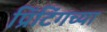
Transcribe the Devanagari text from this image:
प्रिंटिंगच्या